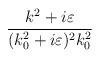
LaTeX: \begin{align*}\frac{k^{2}+i\varepsilon }{(k^{2}_{0}+i\varepsilon )^{2}k^{2}_{0}}\end{align*}